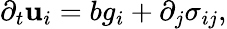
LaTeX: \partial_{t}\mathbf{u}_{i}=bg_{i}+\partial_{j}\sigma_{ij},